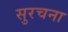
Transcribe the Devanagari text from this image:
सुरचना